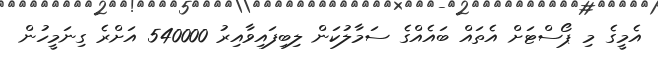
އެމީގެ މި ޕޯސްޓަށް އެތައް ބައެއްގެ ސަމާލުކަން ލިބިފައިވާއިރު 540000 އަށްރެ ގިނަމީހުން